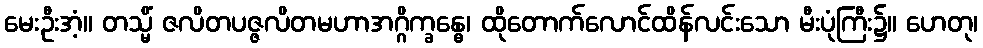
မေးဦးအံ့။ တသ္မိံ ဇလိတပဇ္ဇလိတမဟာအဂ္ဂိက္ခန္ဓေ၊ ထိုတောက်လောင်ထိန်လင်းသော မီးပုံကြီး၌။ ဟေတု၊